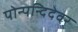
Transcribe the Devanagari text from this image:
पोन्पन्दिदेवर्